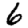
Digit: 6